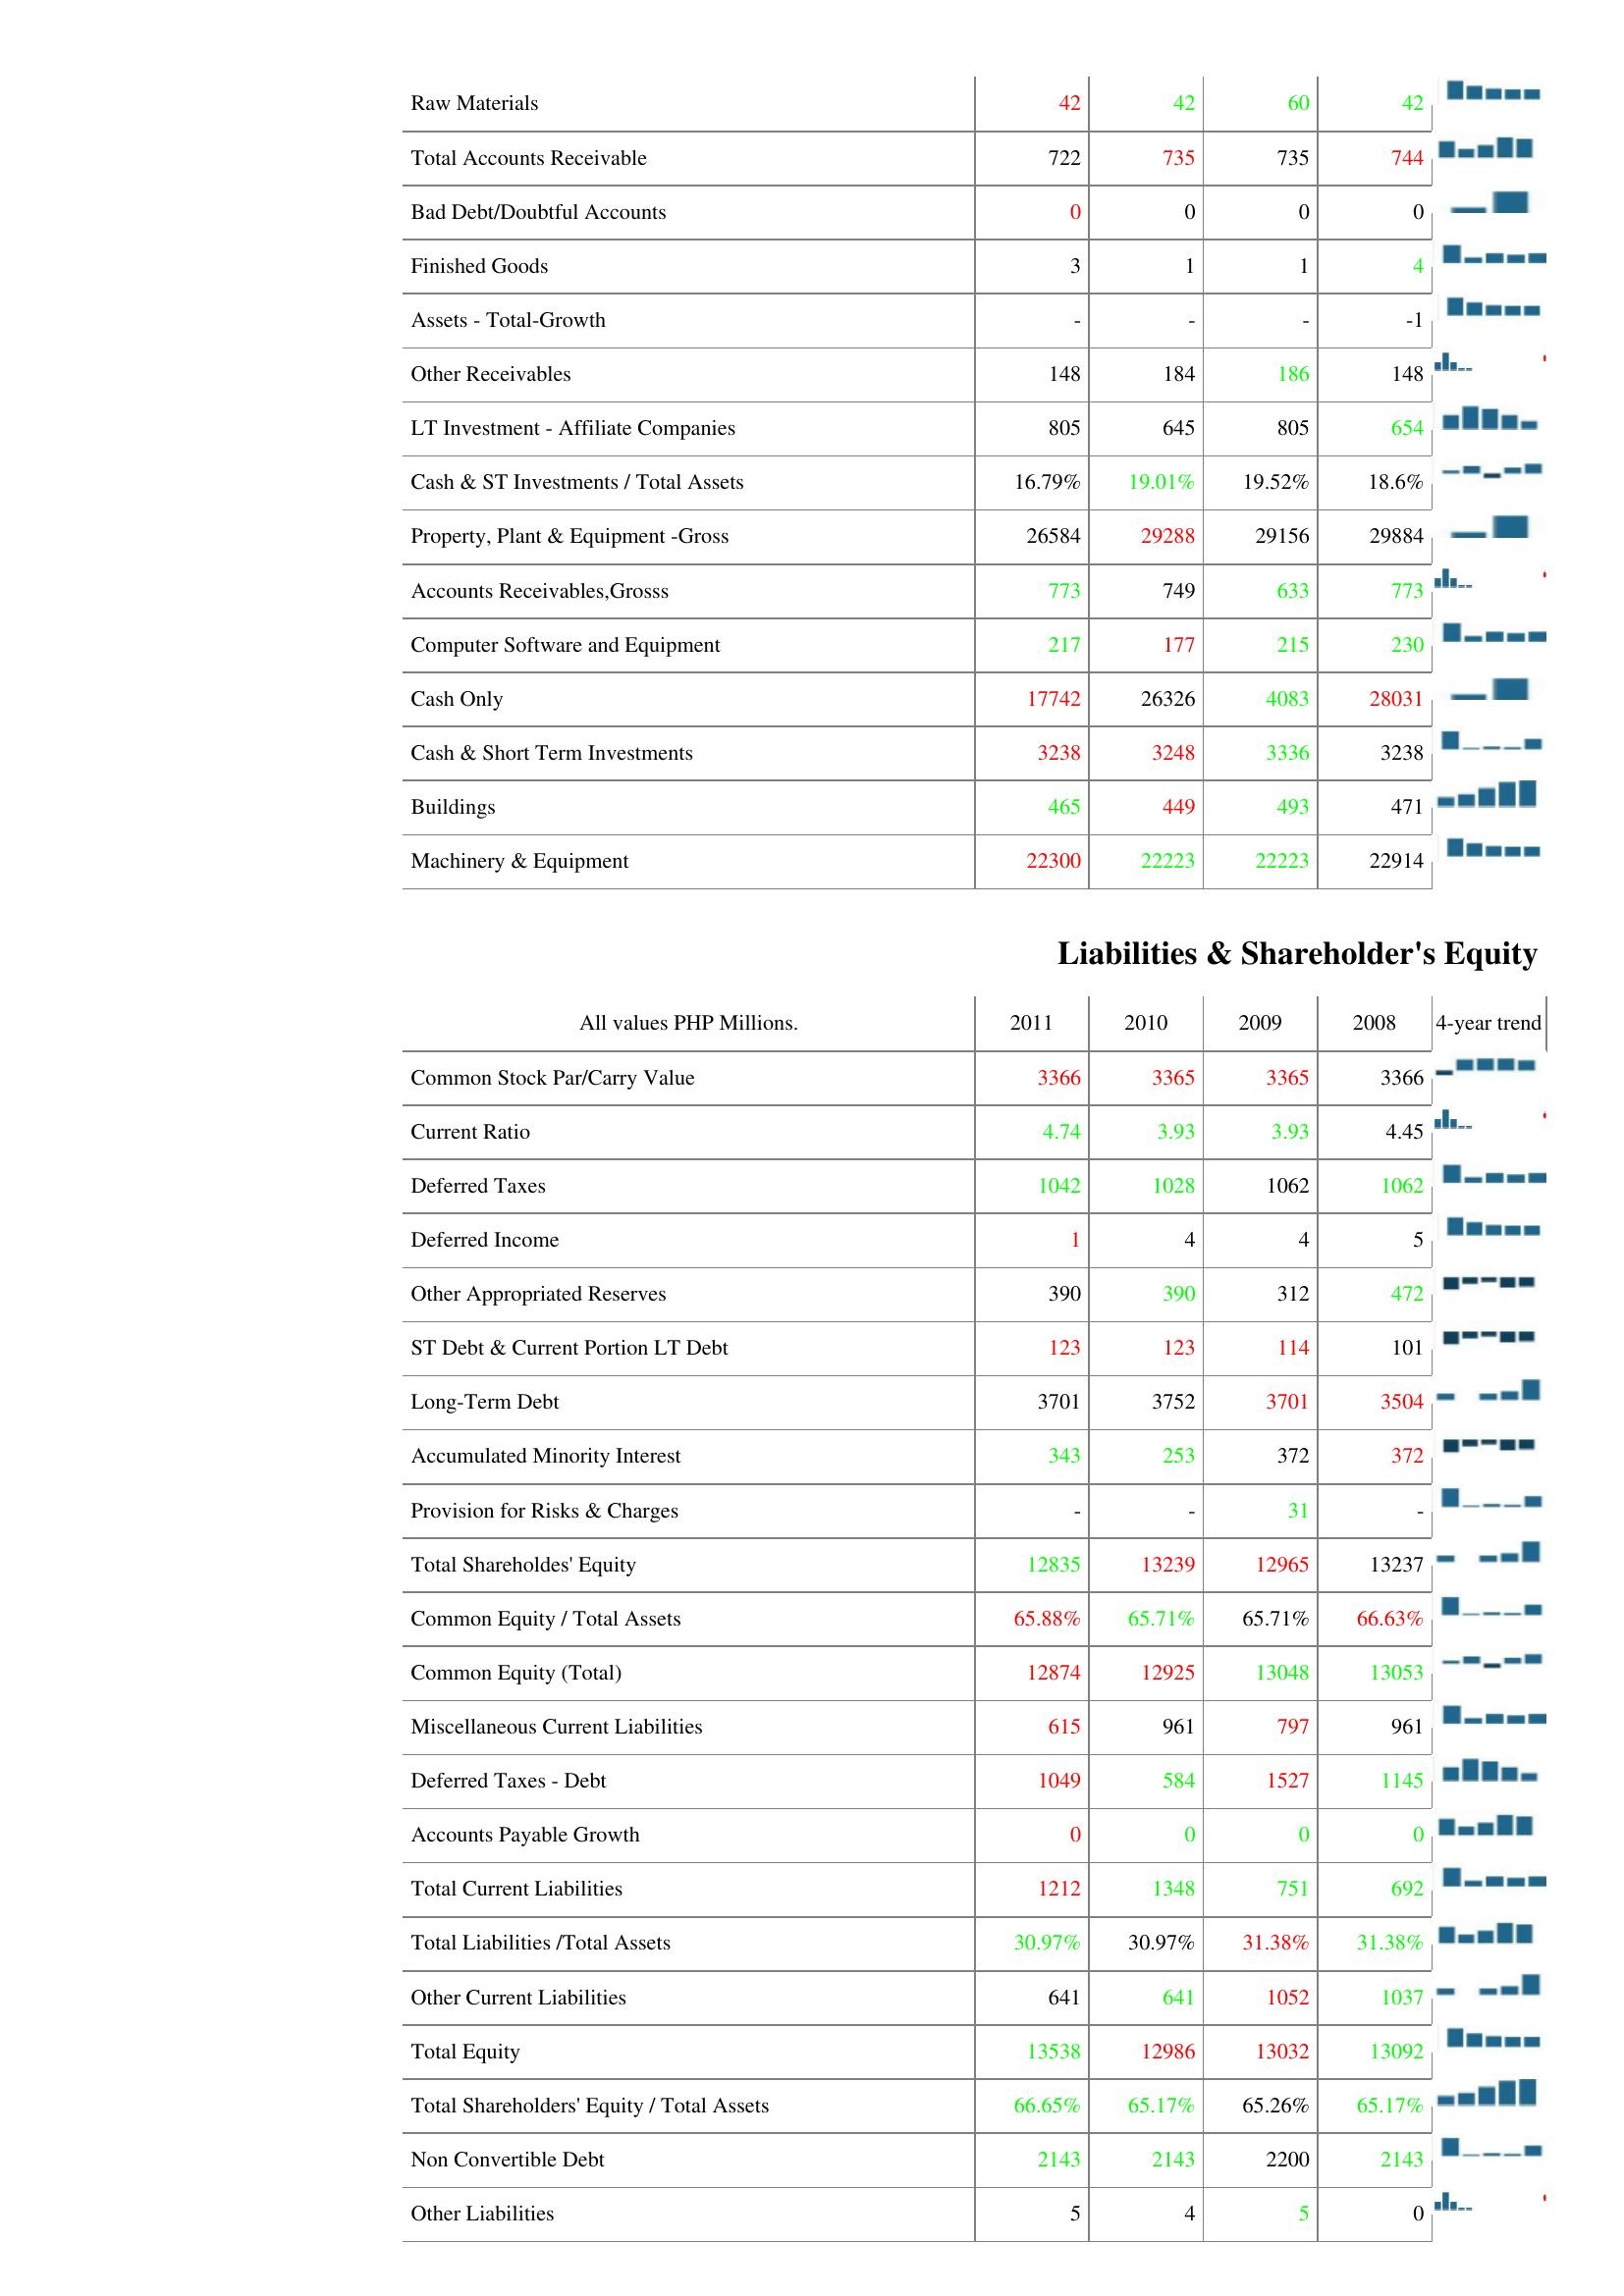
2011: Assets: Raw Materials: 42
Total Accounts Receivable: 722
Bad Debt/Doubtful Accounts: 0
Finished Goods: 3
Assets - Total-Growth: -
Other Receivables: 148
LT Investment - Affiliate Companies: 805
Cash & ST Investments / Total Assets: 16.79%
Property, Plant & Equipment -Gross: 26584
Accounts Receivables,Grosss: 773
Computer Software and Equipment: 217
Cash Only: 17742
Cash & Short Term Investments: 3238
Buildings: 465
Machinery & Equipment: 22300
Liabilities & Shareholder's Equity: Common Stock Par/Carry Value: 3366
Current Ratio: 4.74
Deferred Taxes: 1042
Deferred Income: 1
Other Appropriated Reserves: 390
ST Debt & Current Portion LT Debt: 123
Long-Term Debt: 3701
Accumulated Minority Interest: 343
Provision for Risks & Charges: -
Total Shareholdes' Equity: 12835
Common Equity / Total Assets: 65.88%
Common Equity (Total): 12874
Miscellaneous Current Liabilities: 615
Deferred Taxes - Debt: 1049
Accounts Payable Growth: 0
Total Current Liabilities: 1212
Total Liabilities /Total Assets: 30.97%
Other Current Liabilities: 641
Total Equity: 13538
Total Shareholders' Equity / Total Assets: 66.65%
Non Convertible Debt: 2143
Other Liabilities: 5
2010: Assets: Raw Materials: 42
Total Accounts Receivable: 735
Bad Debt/Doubtful Accounts: 0
Finished Goods: 1
Assets - Total-Growth: -
Other Receivables: 184
LT Investment - Affiliate Companies: 645
Cash & ST Investments / Total Assets: 19.01%
Property, Plant & Equipment -Gross: 29288
Accounts Receivables,Grosss: 749
Computer Software and Equipment: 177
Cash Only: 26326
Cash & Short Term Investments: 3248
Buildings: 449
Machinery & Equipment: 22223
Liabilities & Shareholder's Equity: Common Stock Par/Carry Value: 3365
Current Ratio: 3.93
Deferred Taxes: 1028
Deferred Income: 4
Other Appropriated Reserves: 390
ST Debt & Current Portion LT Debt: 123
Long-Term Debt: 3752
Accumulated Minority Interest: 253
Provision for Risks & Charges: -
Total Shareholdes' Equity: 13239
Common Equity / Total Assets: 65.71%
Common Equity (Total): 12925
Miscellaneous Current Liabilities: 961
Deferred Taxes - Debt: 584
Accounts Payable Growth: 0
Total Current Liabilities: 1348
Total Liabilities /Total Assets: 30.97%
Other Current Liabilities: 641
Total Equity: 12986
Total Shareholders' Equity / Total Assets: 65.17%
Non Convertible Debt: 2143
Other Liabilities: 4
2009: Assets: Raw Materials: 60
Total Accounts Receivable: 735
Bad Debt/Doubtful Accounts: 0
Finished Goods: 1
Assets - Total-Growth: -
Other Receivables: 186
LT Investment - Affiliate Companies: 805
Cash & ST Investments / Total Assets: 19.52%
Property, Plant & Equipment -Gross: 29156
Accounts Receivables,Grosss: 633
Computer Software and Equipment: 215
Cash Only: 4083
Cash & Short Term Investments: 3336
Buildings: 493
Machinery & Equipment: 22223
Liabilities & Shareholder's Equity: Common Stock Par/Carry Value: 3365
Current Ratio: 3.93
Deferred Taxes: 1062
Deferred Income: 4
Other Appropriated Reserves: 312
ST Debt & Current Portion LT Debt: 114
Long-Term Debt: 3701
Accumulated Minority Interest: 372
Provision for Risks & Charges: 31
Total Shareholdes' Equity: 12965
Common Equity / Total Assets: 65.71%
Common Equity (Total): 13048
Miscellaneous Current Liabilities: 797
Deferred Taxes - Debt: 1527
Accounts Payable Growth: 0
Total Current Liabilities: 751
Total Liabilities /Total Assets: 31.38%
Other Current Liabilities: 1052
Total Equity: 13032
Total Shareholders' Equity / Total Assets: 65.26%
Non Convertible Debt: 2200
Other Liabilities: 5
2008: Assets: Raw Materials: 42
Total Accounts Receivable: 744
Bad Debt/Doubtful Accounts: 0
Finished Goods: 4
Assets - Total-Growth: -1
Other Receivables: 148
LT Investment - Affiliate Companies: 654
Cash & ST Investments / Total Assets: 18.6%
Property, Plant & Equipment -Gross: 29884
Accounts Receivables,Grosss: 773
Computer Software and Equipment: 230
Cash Only: 28031
Cash & Short Term Investments: 3238
Buildings: 471
Machinery & Equipment: 22914
Liabilities & Shareholder's Equity: Common Stock Par/Carry Value: 3366
Current Ratio: 4.45
Deferred Taxes: 1062
Deferred Income: 5
Other Appropriated Reserves: 472
ST Debt & Current Portion LT Debt: 101
Long-Term Debt: 3504
Accumulated Minority Interest: 372
Provision for Risks & Charges: -
Total Shareholdes' Equity: 13237
Common Equity / Total Assets: 66.63%
Common Equity (Total): 13053
Miscellaneous Current Liabilities: 961
Deferred Taxes - Debt: 1145
Accounts Payable Growth: 0
Total Current Liabilities: 692
Total Liabilities /Total Assets: 31.38%
Other Current Liabilities: 1037
Total Equity: 13092
Total Shareholders' Equity / Total Assets: 65.17%
Non Convertible Debt: 2143
Other Liabilities: 0